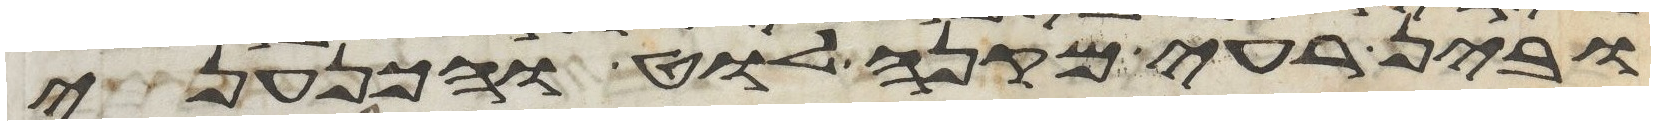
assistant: ובין רעי מקנה לוט והכנעני